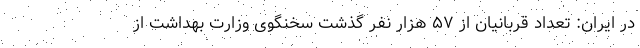
در ایران: تعداد قربانیان از ۵۷ هزار نفر گذشت سخنگوی وزارت بهداشت از